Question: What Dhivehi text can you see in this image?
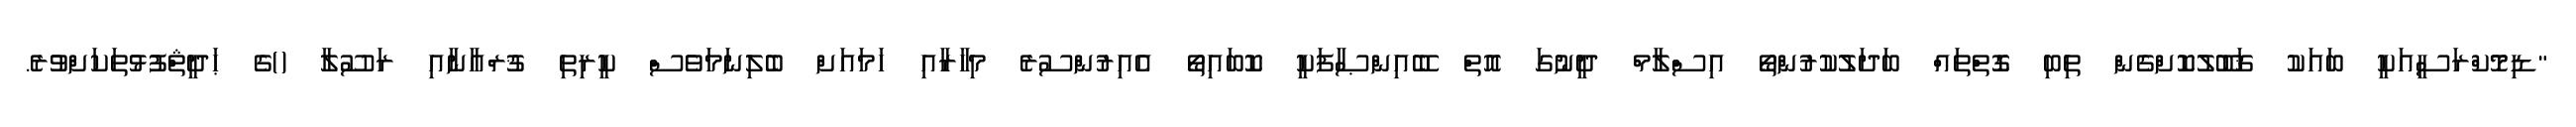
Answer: "ޑިމޮކްރަސީއަކީ ބައަކު ޤަބޫލުކޮށްގެން ތިބި ގޮތްތައް ބަދަލުކުރުންތޯ އިސްލާމް ދީނުގަ އޮތް ބޭއިންޞާފަކީ ކޮބައިތޯ އެއިރުންސުރެ މިހާރާއި ހަމައަށް ބެލިނަމަވެސް ކީރިތި ޤުރްއާނާއި ރަސޫލާ ()ގެ ޙަދީޘްފުޅުތަކަށްވުރެ.